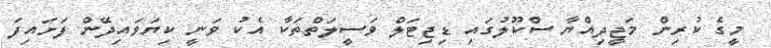
މީގެ ކުރިން މަޖީދިއްޔާ ސްކޫލުގައި ޑިޖިޓަލް ވަސީލަތްތަކާ އެކު ވަނީ ކިޔަވައިދޭން ފަށައިފަ